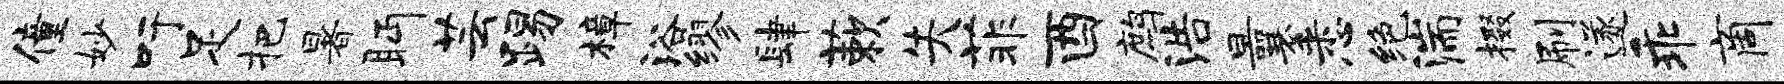
僮妙吁足把暑眄芸踢樟浴缪肆蔌失菲酉鹧浩曩悉绝湍掇刷遂乖商